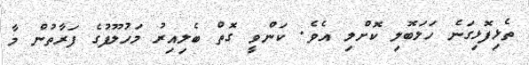
ތެޅިފޮޅިގަނެ ހަލަބޮލި ކޮށްލި އެވެ. ކަންވީ ގޮތް ބެލިއިރު މަހުލޫފުގެ ފަރާތުން މާ